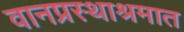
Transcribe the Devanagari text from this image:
वानप्रस्थाश्रमात